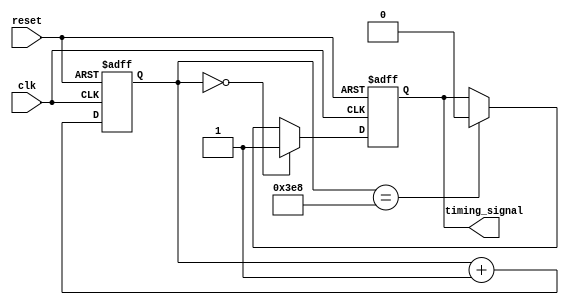
module timing_control_block (
    input wire clk,
    input wire reset,
    output reg timing_signal,
    // Add more timing signals here as needed
);

// Counter for generating timing signals
reg [15:0] counter;

always @(posedge clk or posedge reset) begin
    if (reset) begin
        counter <= 0;
        timing_signal <= 0;
        // Add reset functionality for other timing signals
    end else begin
        // Increment counter to create timing signals
        counter <= counter + 1;
        
        // Generate timing signals based on counter value
        if (counter == 0) begin
            timing_signal <= 1;
        end else if (counter == 1000) begin
            timing_signal <= 0;
        end
        // Add more timing signal generation based on counter value
    end
end

endmodule